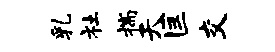
乳社揣天匡交